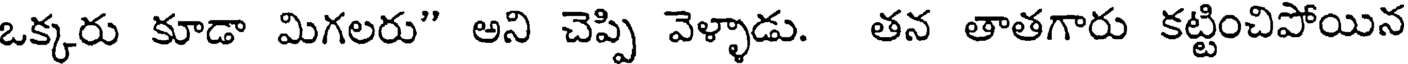
ఒక్కరు కూడా మిగలరు" అని చెప్పి వెళ్ళాడు. తన తాతగారు కట్టించిపోయిన